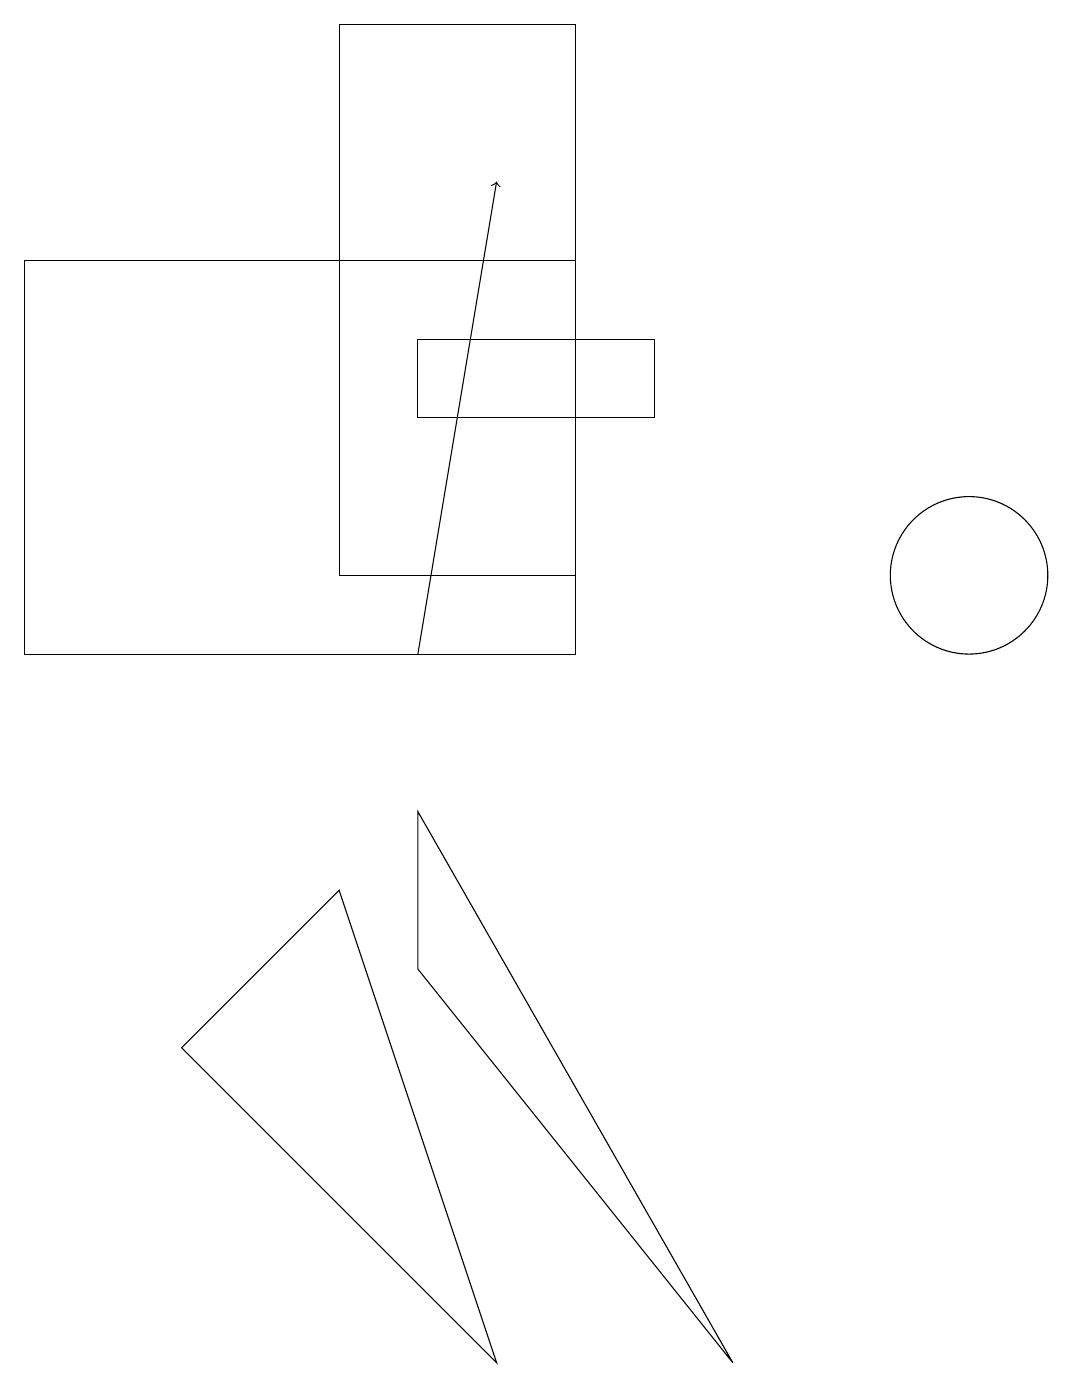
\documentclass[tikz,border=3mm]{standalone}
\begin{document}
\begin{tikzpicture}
\draw (7,15) rectangle (0,10);
\draw (6,1) -- (2,5) -- (4,7) -- cycle;
\draw[->] (5,10) -- (6,16);
\draw (8,13) rectangle (5,14);
\draw (9,1) -- (5,8) -- (5,6) -- cycle;
\draw (7,18) rectangle (4,11);
\draw (12,11) circle (1);
\draw (10,11) circle (0);
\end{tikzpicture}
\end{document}